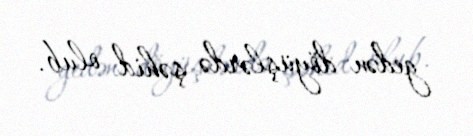
gedən döyüşlərdə şəhid olub.